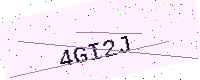
Text: 4GI2J